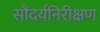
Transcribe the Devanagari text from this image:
सौंदर्यनिरीक्षण